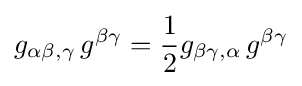
g_{\alpha \beta ,\gamma }\,g^{\beta \gamma }={\frac {1}{2}}g_{\beta \gamma ,\alpha }\,g^{\beta \gamma }